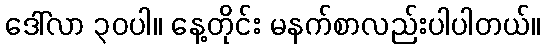
ဒေါ်လာ ၃၀ပါ။ နေ့တိုင်း မနက်စာလည်းပါပါတယ်။